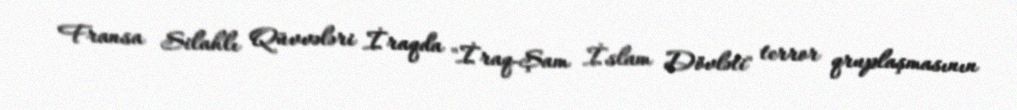
Fransa Silahlı Qüvvələri İraqda "İraq-Şam İslam Dövləti" terror qruplaşmasının